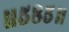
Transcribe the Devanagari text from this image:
॥५८५॥